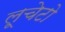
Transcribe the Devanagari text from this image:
लूचेटो